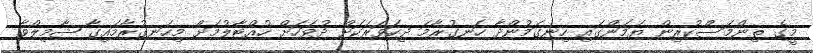
މީގެ ތިންމަސްކުރިން ޔަމަންގައި ހިނގަމުންދާ ހަނގުރާމަ ދިހަވަރަކަށް ދުވަހަށް ހުއްޓާލުމަށް މިހަނގުރާމައިގާ ޝާމިލްވާ